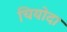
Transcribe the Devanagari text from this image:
चियोदा